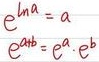
\[
\begin{align*}
e^{\ln a}&= a\\
e^{a + b}&=e^{a}\cdot e^{b}
\end{align*}
\]